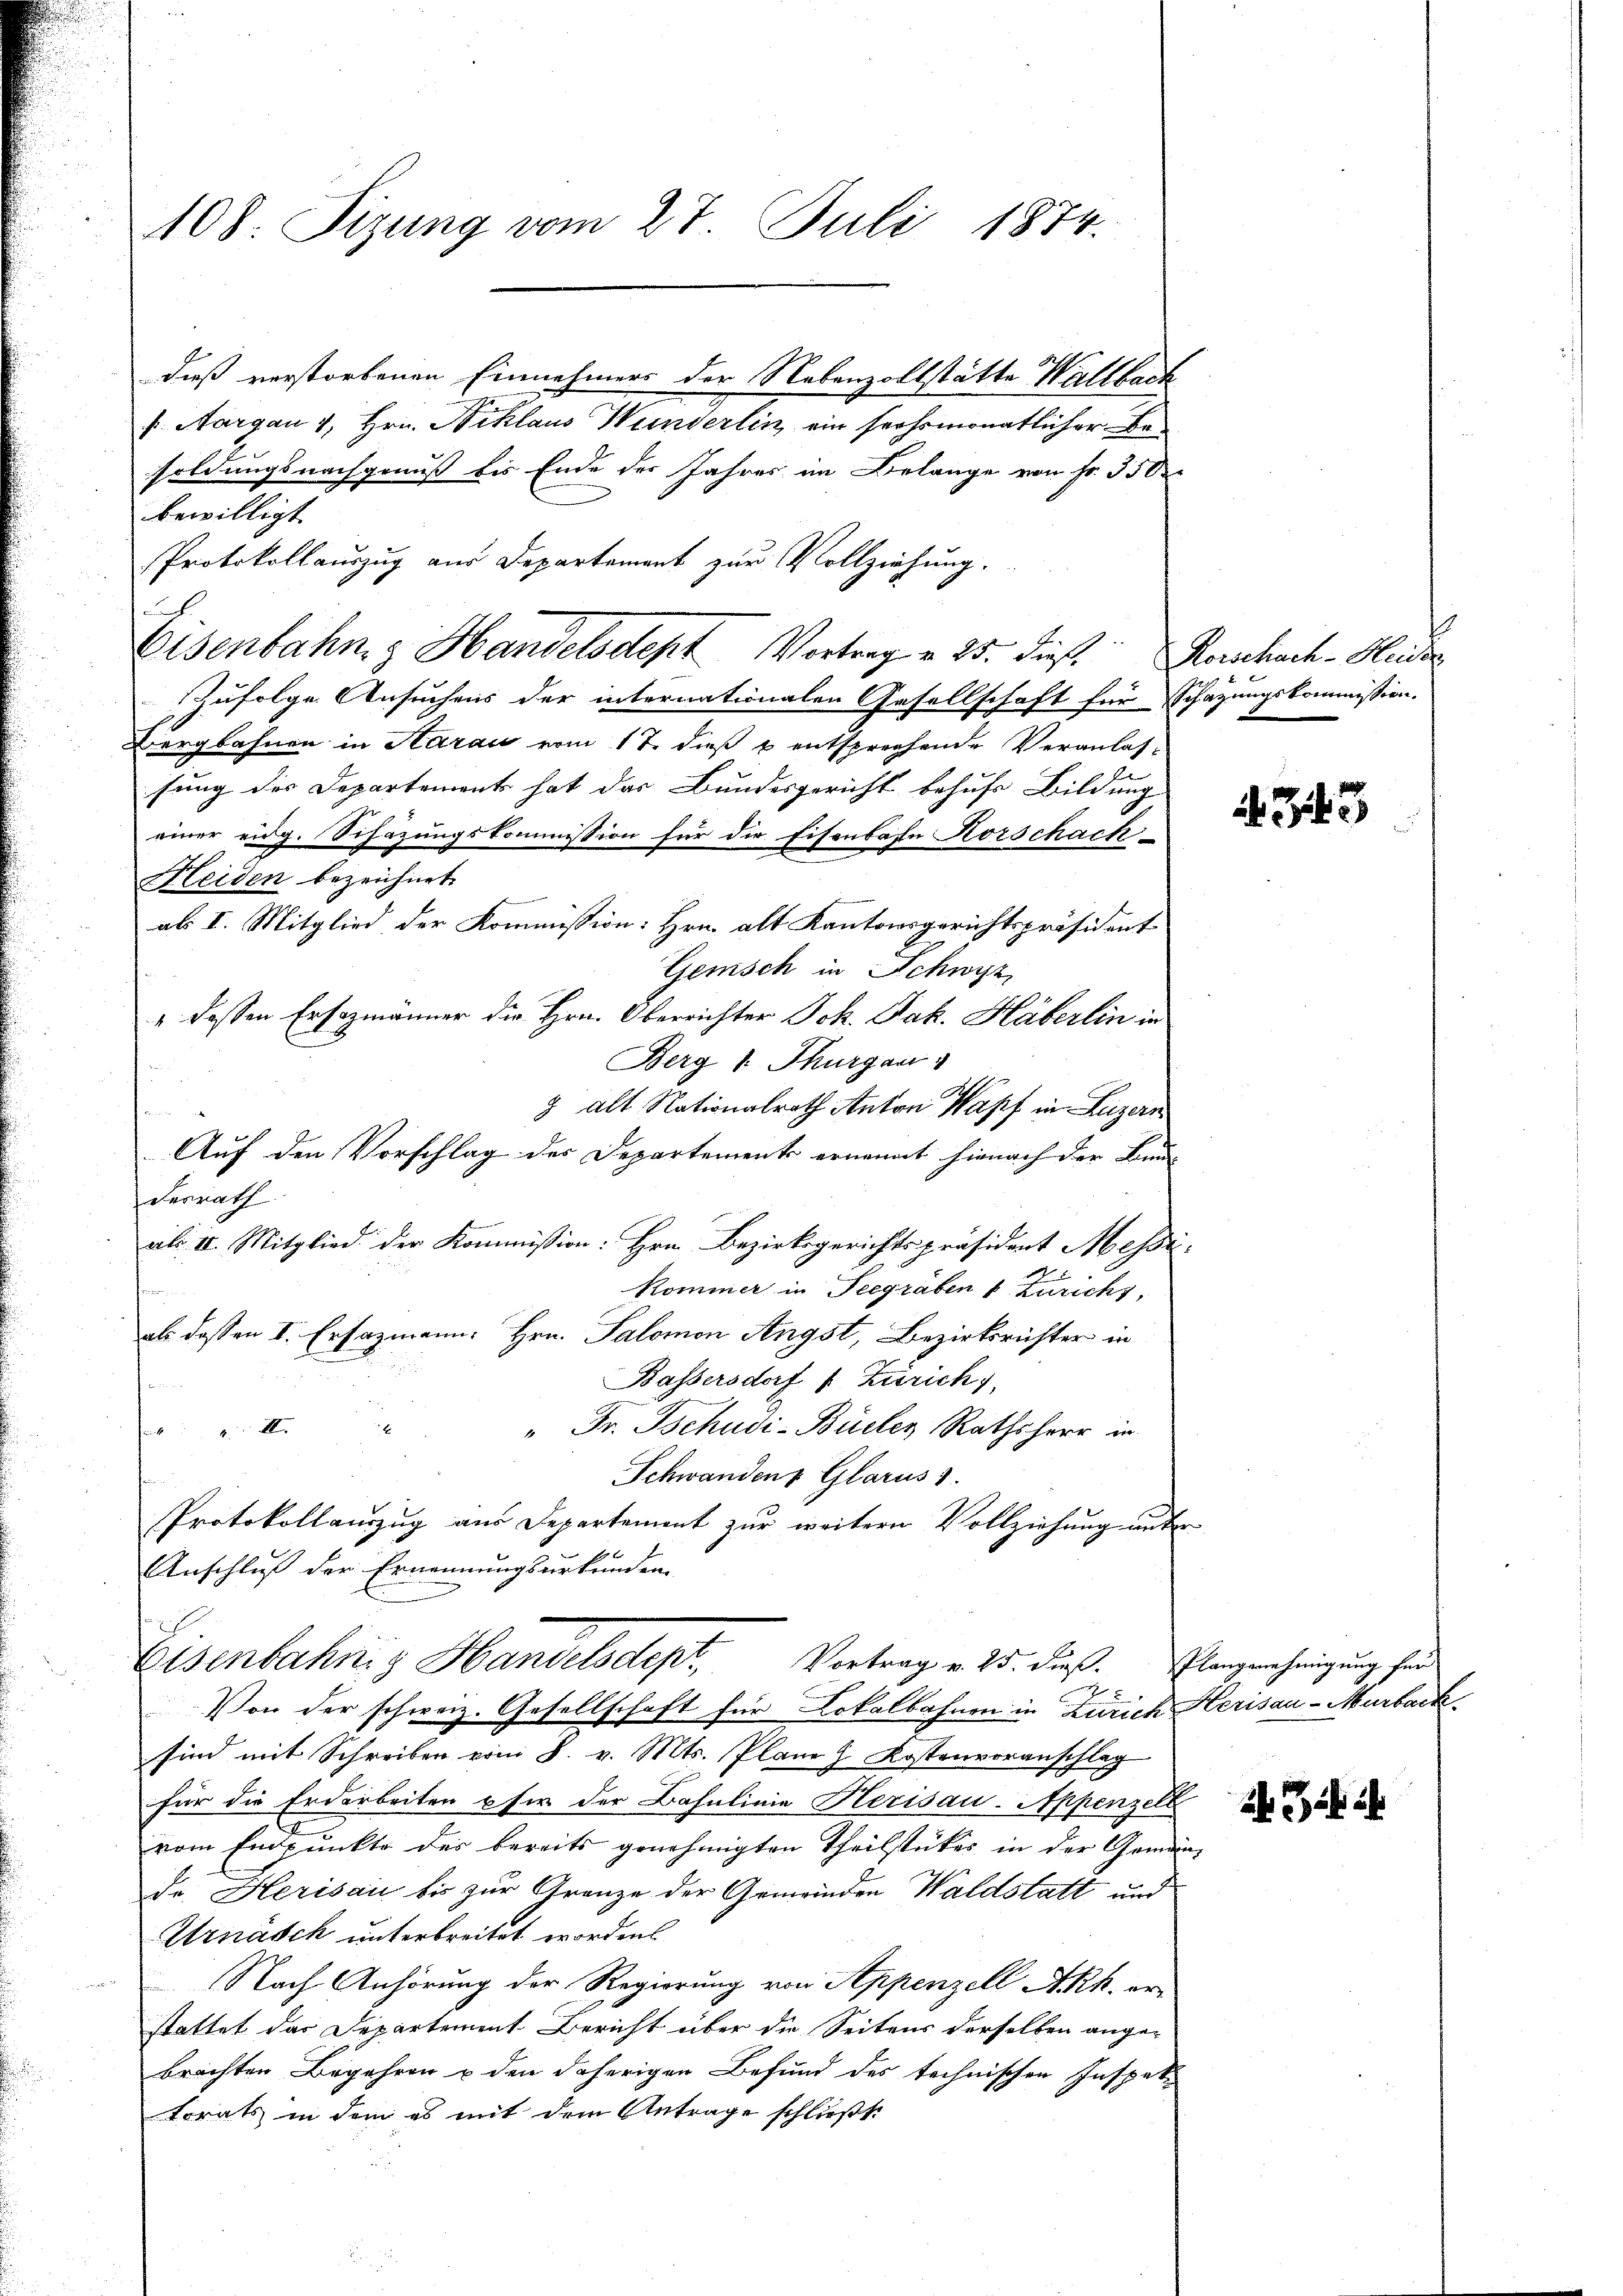
108. Sizung vom 27. Juli 1874.

dieß verstorbenen Einnehmers der Nebenzollstätte Wallbach
k. Aargau v. Hrn. Niklaus Wunderlin ein sechsmonatlicher Besoldungsnachgenuß bis Ende des Jahres im Belange von Fr. 350
bewilligt.
Protokollauszug aus Departement zur Vollziehung.
Eisenbahn & Handelsdept Vortrag v. 25. dieß Rorschach-Heide
zufolge Ansuchens der internationalen Gesellschaft für Schazungskommission.
Bergbahnen in Aarau vom 17. dieß u. entsprechende Veranlas-
sung der Departement hat das Bundesgericht behufs Bildung
einer eidg. Schazungskommission für die Eisenbahn Korschach
Heiden bezeichnet.
als I. Mitglied der Kommission: Hrn. alt Kantonsgerichtspräsident
Gemisch in Schwyz,
" dessen Ersezmänner die Hrn. Oberrichter Joh. Jak. Häberlin in
Berg v. Thurgau
 alt Nationalrath Anton Wapf in Luzern
derrath
Kommer in Seegräben & Zürichs,
r
als dessen I. Ersazmann, Hrn. Palomon Angst, Bezirksrichter in
Bassersdorf v. Zürich),

" Dr. Tschudi-Büelen Rathsherr in
Schwanden Glarus 1
Protokollauszug aus Departement zur weitern Vollziehung unter
Anschluß der Ernennungsurkunden.
Eisenbahng Handelsdept. Vortrag v. 25. dieß. Elangenehmigung find
Von der schweiz. Gesellschaft für Lokalbahnen in Zürich Herisau-Murback
sind mit Schreiben vom 8. v. Mts. Plane Kostenvoranschlag
für die Erdarbeiten pfer der Bahnlinie Herisau-Appenzell
vom Endpunkte der bereits genehmigten Theilstückes in der Gemeinde Herisau bis zur Grenze der Gemeinden Waldstatt und
Urnäsch unterbreitet worden
 Nach Anhörung der Regierung von Appenzell A.Rh. erstattet das Departement Bericht über die Seitens derselben ange-
brachten Begehren u den daherigen Befund des technischen Inspektorats in dem es mit dem Antrage schließt:

Auf den Vorschlag des Departements ernannt hienach der Bun- |
rili II. Mitglied der Kommission: Hrn. Bezirksgerichtspräsident Messi¬

343

2